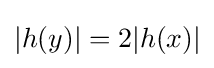
|h(y)|=2|h(x)|